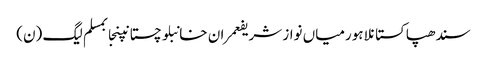
سندھپاکستانلاہورمیاں نواز شریفعمران خانبلوچستانپنجابمسلم لیگ (ن)